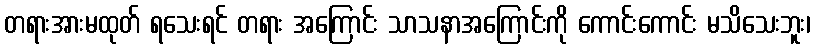
တရားအားမထုတ် ရသေးရင် တရား အကြောင်း သာသနာအကြောင်းကို ကောင်းကောင်း မသိသေးဘူး၊